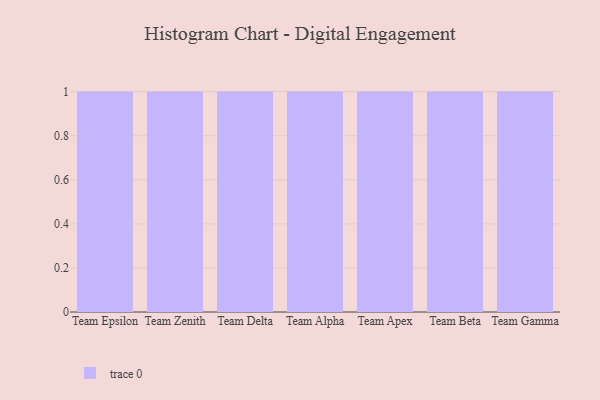
{"axis": {"x": "Team", "y": "Website Visitors"}, "legend": [""], "data": [{"x": "Team Epsilon", "y": 8, "type": ""}, {"x": "Team Zenith", "y": 49, "type": ""}, {"x": "Team Delta", "y": 3, "type": ""}, {"x": "Team Alpha", "y": 27, "type": ""}, {"x": "Team Apex", "y": 45, "type": ""}, {"x": "Team Beta", "y": 71, "type": ""}, {"x": "Team Gamma", "y": 38, "type": ""}]}